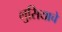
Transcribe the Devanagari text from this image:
लुसियाचे